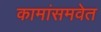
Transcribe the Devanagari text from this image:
कामांसमवेत